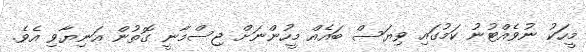
މީހަކު ނުވެއްޓުނު ކަމުގައި ވިޔަސް ބައެއް މީހުންނަށް ޖިސްމާނީ ގޮތުން އަނިޔާވި އެވެ.